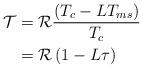
LaTeX: \begin{align*}\mathcal{T}&=\mathcal{R} \frac{\left(T_c-LT_{ms}\right)}{T_c} \\&=\mathcal{R}\left(1-L\tau\right)\end{align*}